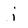
Character: j